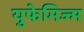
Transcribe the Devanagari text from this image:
युफेमिज्म